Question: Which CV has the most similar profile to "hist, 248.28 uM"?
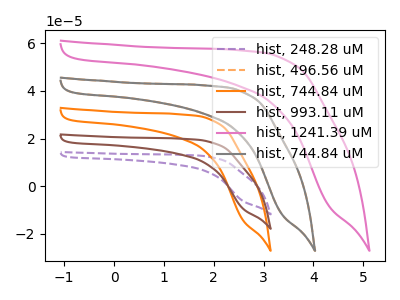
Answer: <think>The purple dashed curve "hist, 248.28 uM" has no peaks. The orange dashed curve "hist, 496.56 uM" has no peaks. The orange curve "hist, 744.84 uM" has no peaks. The brown curve "hist, 993.11 uM" has no peaks. The pink curve "hist, 1241.39 uM" has no peaks. The gray curve "hist, 744.84 uM" has no peaks.
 Neither "hist, 248.28 uM" or "hist, 496.56 uM" have any peaks. Neither "hist, 248.28 uM" or "hist, 744.84 uM" have any peaks. Neither "hist, 248.28 uM" or "hist, 993.11 uM" have any peaks. Neither "hist, 248.28 uM" or "hist, 1241.39 uM" have any peaks. Neither "hist, 248.28 uM" or "hist, 744.84 uM" have any peaks. Neither "hist, 496.56 uM" or "hist, 744.84 uM" have any peaks. Neither "hist, 496.56 uM" or "hist, 993.11 uM" have any peaks. Neither "hist, 496.56 uM" or "hist, 1241.39 uM" have any peaks. Neither "hist, 496.56 uM" or "hist, 744.84 uM" have any peaks. Neither "hist, 744.84 uM" or "hist, 993.11 uM" have any peaks. Neither "hist, 744.84 uM" or "hist, 1241.39 uM" have any peaks. Neither "hist, 744.84 uM" or "hist, 744.84 uM" have any peaks. Neither "hist, 993.11 uM" or "hist, 1241.39 uM" have any peaks. Neither "hist, 993.11 uM" or "hist, 744.84 uM" have any peaks. Neither "hist, 1241.39 uM" or "hist, 744.84 uM" have any peaks.</think>
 <answer>"hist, 248.28 uM", "hist, 496.56 uM", "hist, 993.11 uM", "hist, 1241.39 uM" and "hist, 744.84 uM" have a similar shape to "hist, 744.84 uM".</answer>
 <eval>"hist, 248.28 uM" "hist, 496.56 uM" "hist, 993.11 uM" "hist, 1241.39 uM" "hist, 744.84 uM"</eval>